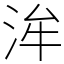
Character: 洠